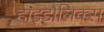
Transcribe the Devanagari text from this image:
हाइडौलिक्स